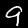
Digit: 9